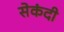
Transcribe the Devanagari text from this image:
सेकंदी